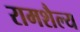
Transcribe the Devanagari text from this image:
रामशैल्य